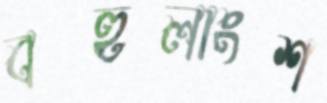
বহুলাংশ